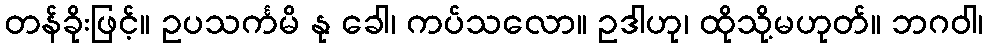
တန်ခိုးဖြင့်။ ဥပသင်္ကမိ နု ခေါ၊ ကပ်သလော။ ဥဒါဟု၊ ထိုသို့မဟုတ်။ ဘဂဝါ၊